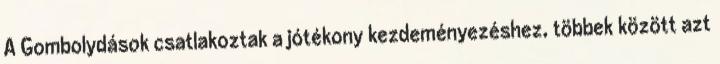
A Gombolydások csatlakoztak a jótékony kezdeményezéshez, többek között azt